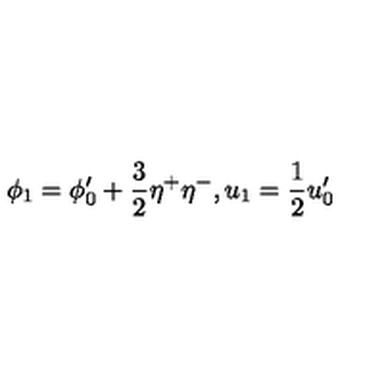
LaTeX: \phi _ { 1 } = \phi _ { 0 } ^ { \prime } + \frac { 3 } { 2 } \eta ^ { + } \eta ^ { - } , u _ { 1 } = \frac { 1 } { 2 } u _ { 0 } ^ { \prime }